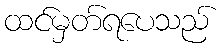
ထင်မှတ်ရပေသည်